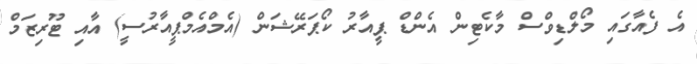
އެ ފެއާގައި މޯލްޑިވްސް މާކެޓިން އެންޑް ޕީއާރު ކޯޕަރޭޝަން (އެމްއެމްޕީއާރުސީ) އާއި ޓޫރިޒަމް